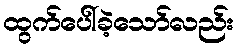
ထွက်ပေါ်ခဲ့သော်လည်း